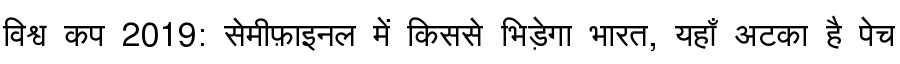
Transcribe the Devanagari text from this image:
विश्व कप 2019: सेमीफ़ाइनल में किससे भिड़ेगा भारत, यहाँ अटका है पेच